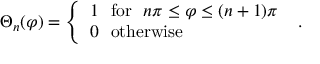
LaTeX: \Theta _ { n } ( \varphi ) = \left\{ \begin{array} { l } { { 1 \ \ \mathrm { f o r } \ \ n \pi \leq \varphi \leq ( n + 1 ) \pi } } \\ { { 0 \ \ \mathrm { o t h e r w i s e } } } \end{array} \right. \ .